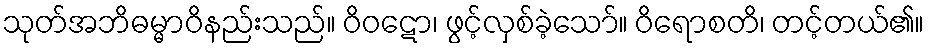
သုတ်အဘိဓမ္မာဝိနည်းသည်။ ဝိဝဋော၊ ဖွင့်လှစ်ခဲ့သော်။ ဝိရောစတိ၊ တင့်တယ်၏။